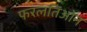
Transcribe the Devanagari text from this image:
फरलतिओन